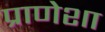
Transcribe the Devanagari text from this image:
प्राणेशा